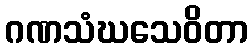
ဂဏသံဃသေဝိတာ